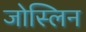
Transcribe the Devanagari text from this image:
जोस्लिन